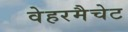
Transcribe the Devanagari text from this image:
वेहरमैचेट